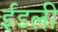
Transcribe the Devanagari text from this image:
ईडली